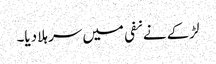
لڑکے نے نفی میں سر ہلا دیا۔